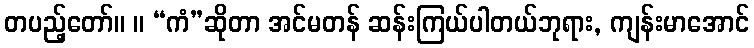
တပည့်တော်။ ။ “ကံ”ဆိုတာ အင်မတန် ဆန်းကြယ်ပါတယ်ဘုရား, ကျန်းမာအောင်